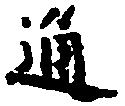
通